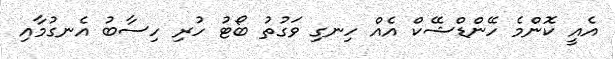
އެއީ ކޮންމެ ހޭންޑްޝޭކް އެއް ހިނގި ވަގުތު ބޯޓު ހުރި ހިސާބު އެނގުމާއި